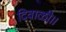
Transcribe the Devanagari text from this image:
दिवाळी॥